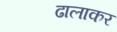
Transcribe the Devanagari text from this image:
ढालाकर